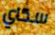
سكاي